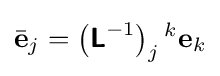
{\bar {\mathbf {e} }}_{j}=\left({\boldsymbol {\mathsf {L}}}^{-1}\right)_{j}{}^{k}\mathbf {e} _{k}